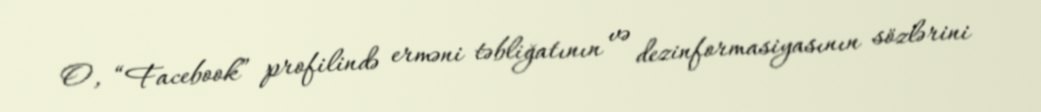
O, “Facebook” profilində erməni təbliğatının və dezinformasiyasının sözlərini